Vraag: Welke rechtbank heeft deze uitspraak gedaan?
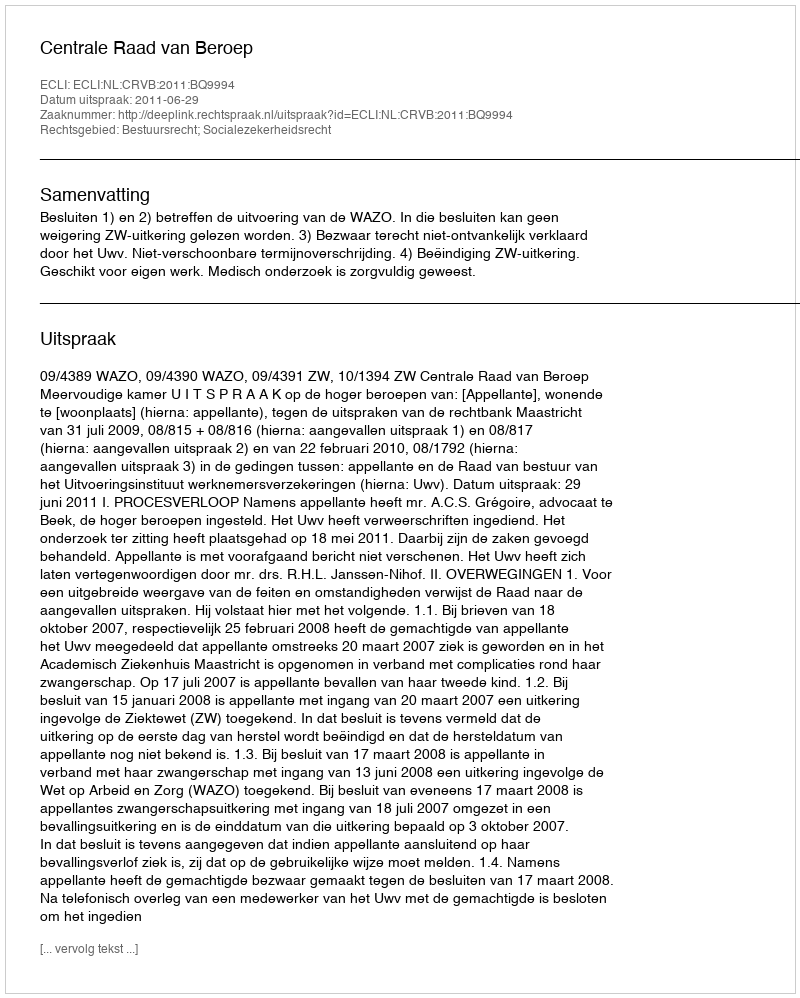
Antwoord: Centrale Raad van Beroep